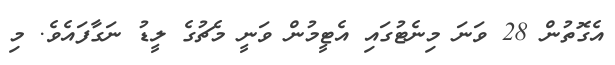
އެގޮތުން 28 ވަނަ މިނެޓުގައި އެޓީމުން ވަނީ މެޗުގެ ލީޑު ނަގާފައެވެ. މި